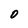
Character: 0